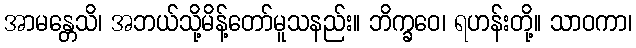
အာမန္တေသိ၊ အဘယ်သို့မိန့်တော်မူသနည်း။ ဘိက္ခဝေ၊ ရဟန်းတို့။ သာဝကာ၊